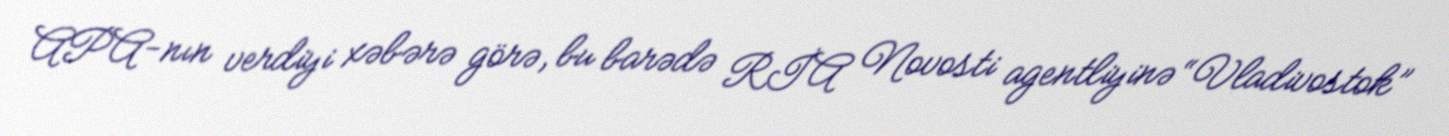
APA-nın verdiyi xəbərə görə, bu barədə RİA Novosti agentliyinə “Vladivostok”